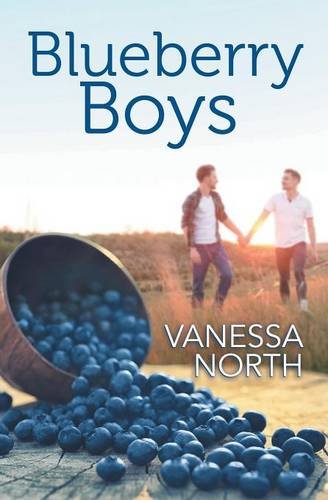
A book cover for Blueberry Boys; Vanessa North; Romance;